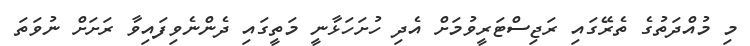
މި މުއްދަތުގެ ތެރޭގައި ރަޖިސްޓަރީވުމަށް އެދި ހުށަހަޅާނީ މަތީގައި ދެންނެވިފައިވާ ރަށަށް ނުވަތަ